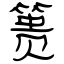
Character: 篑